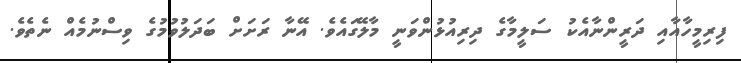
ފިރިމީހާއާއި ދަރީންނާއެކު ސަލީމާގެ ދިރިއުޅުންވަނީ މާލޭގައެވެ. އޭނާ ރަށަށް ބަދަލުވުމުގެ ވިސްނުމެއް ނެތެވެ.